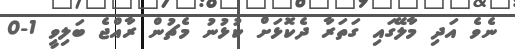
ނެވެ އަދި މާލޭގައި ގަތަރާ ދެކޮޅަށް ކުޅުނު މެޗުން ރާއްޖެ ބަލިވީ 1-0